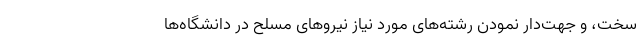
­سخت، و جهت‌دار نمودن رشته‌های مورد نیاز نیروهای مسلح در دانشگاه­ها